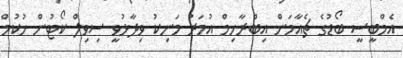
އެމްބީސީ ބޯޑުގެ ޗެއާމަން އިބްރާހިމް އުމަރު މަނިކު ވިދާޅުވީ ސިވިލް ކޯޓުން ހުކުމް